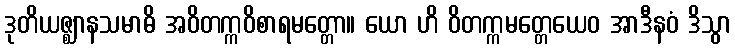
ဒုတိယဇ္ဈာနသမာဓိ အဝိတက္ကဝိစာရမတ္တော။ ယော ဟိ ဝိတက္ကမတ္တေယေဝ အာဒီနဝံ ဒိသွာ